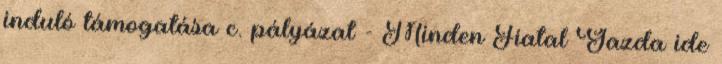
induló támogatása c. pályázat - Minden Fiatal Gazda ide